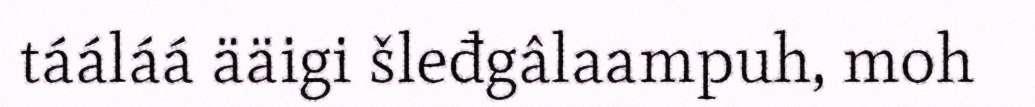
tááláá ääigi šleđgâlaampuh, moh